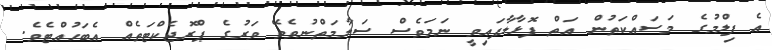
އެ ފިލްމުގެ މަސައްކަތުން އަތް ފޮޅާލާފައިވީ ނަމަވެސް ސަލާމަތްނުވެވޭ ވަރުގެ ޕްރޮޖެކްޓަތެއް އެބަހުއްޓެވެ.